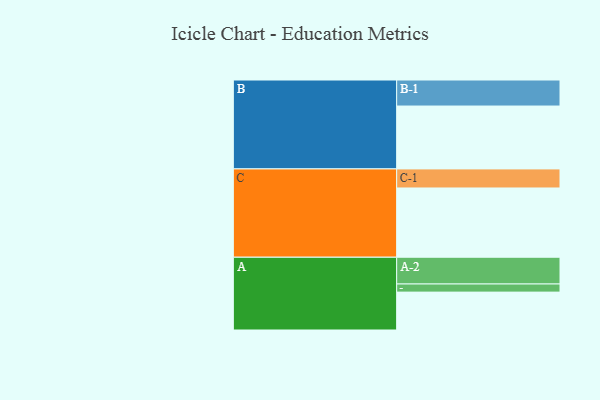
{"axis": {"x": "Segment", "y": "Value"}, "legend": ["", "A", "B", "C"], "data": [{"x": "A", "y": 326, "type": ""}, {"x": "B", "y": 541, "type": ""}, {"x": "C", "y": 596, "type": ""}, {"x": "A-1", "y": 70, "type": "A"}, {"x": "A-2", "y": 230, "type": "A"}, {"x": "B-1", "y": 224, "type": "B"}, {"x": "C-1", "y": 164, "type": "C"}]}